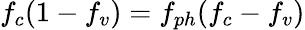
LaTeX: f_{c}(1-f_{v})=f_{ph}(f_{c}-f_{v})